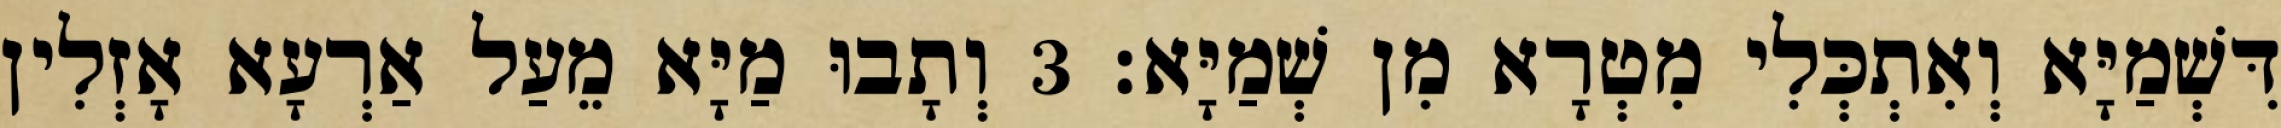
דִּשְׁמַיָּא וְאִתְכְּלִי מִטְרָא מִן שְׁמַיָּא׃ 3 וְתָבוּ מַיָּא מֵעַל אַרְעָא אָזְלִין